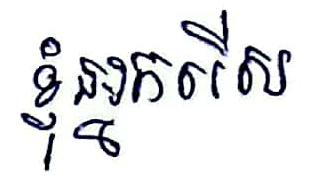
ខ្ញុំអ្នករើស